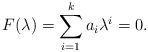
LaTeX: \begin{align*}F(\lambda) = \sum_{i=1}^{k} a_i \lambda^i= 0.\end{align*}